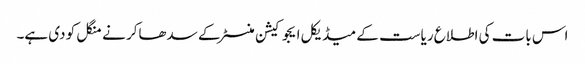
اس بات کی اطلاع ریاست کے میڈیکل ایجوکیشن منسٹر کے سدھاکر نے منگل کو دی ہے۔